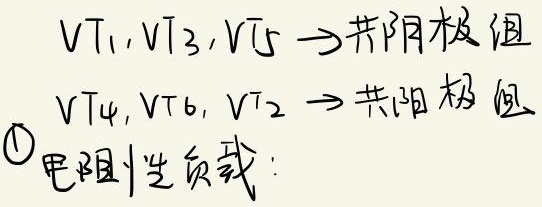
\(VT_1, VT_3, VT_5 \to\) 共阴极组
\(VT_4, VT_6, VT_2 \to\) 共阳极组
\textcircled{1}电阻性负载：